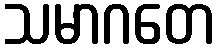
သမာဂတေ